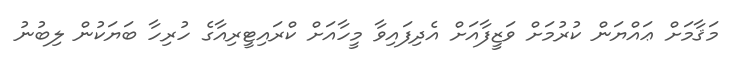
މަޤާމަށް ޢައްޔަން ކުރުމަށް ވަޒީފާއަށް އެދިފައިވާ މީހާއަށް ކްރައިޓީރިއާގެ ހުރިހާ ބަޔަކުން ލިބުނު